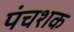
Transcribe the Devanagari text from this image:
पंचशक